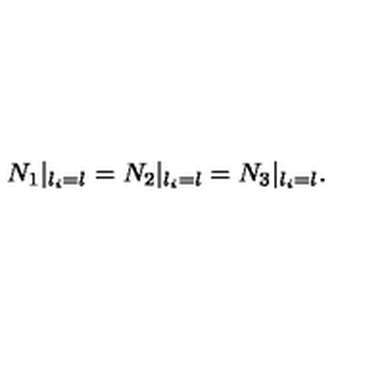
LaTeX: N _ { 1 } | _ { l _ { i } = l } = N _ { 2 } | _ { l _ { i } = l } { } = N _ { 3 } | _ { l _ { i } = l } .